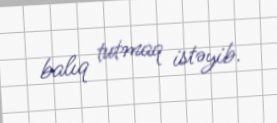
balıq tutmaq istəyib.